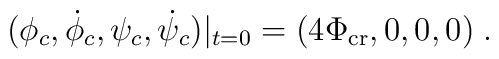
(\phi_c, \dot{\phi}_c, \psi_c,\dot{\psi}_c)|_{t=0} = (4 \Phi_{\rm cr}, 0,0,0)\;.